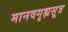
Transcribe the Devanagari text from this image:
मानवगृह्यसूत्र